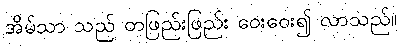
အိမ်သာ သည် တဖြည်းဖြည်း ဝေးဝေး၍ လာသည်။